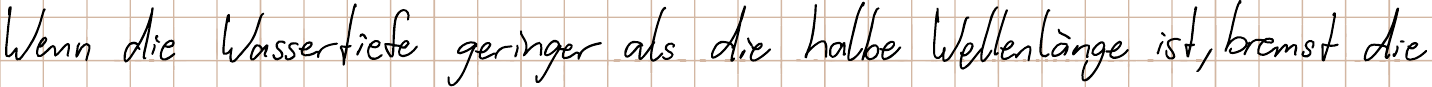
Wenn die Wassertiefe geringer als die halbe Wellenlänge ist, bremst die